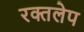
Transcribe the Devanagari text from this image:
रक्तलेप